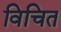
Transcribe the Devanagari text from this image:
विचित